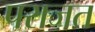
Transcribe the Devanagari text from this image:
पराजत